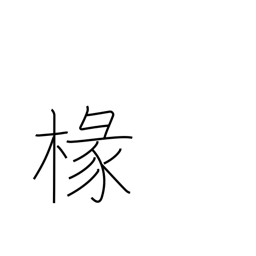
Meaning: porch